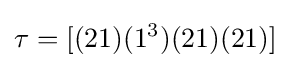
\tau =[(21)(1^{3})(21)(21)]